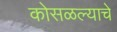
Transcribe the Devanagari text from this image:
कोसळल्याचे